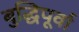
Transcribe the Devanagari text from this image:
बुद्धिपूर्वा